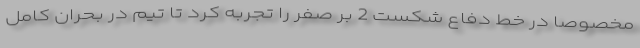
مخصوصا در خط دفاع شکست 2 بر صفر را تجربه کرد تا تیم در بحران کامل